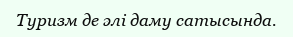
Туризм де әлі даму сатысында.